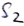
Text: S2